Rangoon Lunatic Asylum 1878-1892 - 1878-1892
Year: 1878
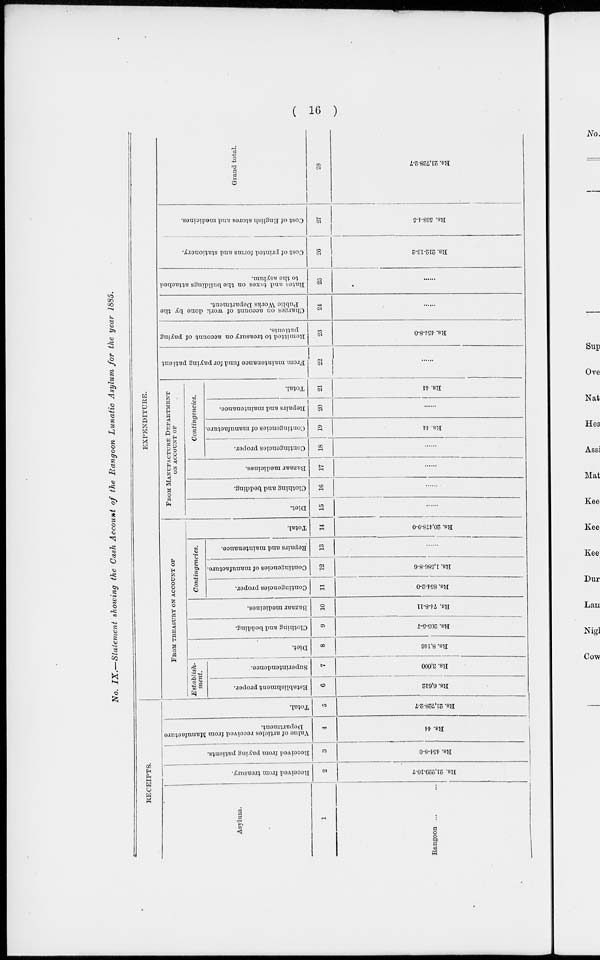
( 16 )
No. IX.—Statement showing the Cash Account of the Rangoon Lunatic Asylum for the year 1885.
RECEIPTS.
Asylum.
1
Rangoon ...
Received from treasury.
2
Rs. 21,229-10-7
Received from paying patients.
3
Rs. 454-8-0
Value of articles received from Manufacture
Department.
4
Rs. 44
Total.
5
Rs. 21,728-2-7
EXPENDITURE.
FROM TREASURY ON ACCOUNT OF
Establish-
ment.
Establishment proper.
6
Rs. 6,612
Superintendence.
7
Rs. 3,000
Diet.
8
Rs. 8,146
Clothing and bedding.
9
Rs. 205-5-7
Bazaar medicines.
10
Rs. 74-8-11
Contingencies.
Contingencies proper.
11
Rs. 854-2-0
Contingencies of manufacture.
12
Rs. 1,586-8-6
Repairs and maintenance.
13
......
Total.
14
Rs. 20,478-9-0
FROM MANUFACTURE DEPARTMENT
ON ACCOUNG OF
Diet.
15
......
Clothing and bedding.
16
......
Bazaar medicines.
17
......
Contingencies.
Contingencies proper.
18
......
Contingencies of manufacture.
19
Rs. 44
Repairs and maintenance.
20
......
Total.
21
Rs. 44
From maintenance fund for paying patient
22
......
Remitted to treasury on account of paying
patients.
23
Rs. 454-8-0
Charges on account of work done by the
Public Works Department.
24
......
Rates and taxes on the buildings attached
to the asylum.
25
......
Cost of printed forms and stationery.
26
Rs. 212-13-2
Cost of English stores and medicines.
27
Rs. 538-4-5
Grand total.
28
Rs. 21,728-2-7